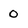
Character: 0